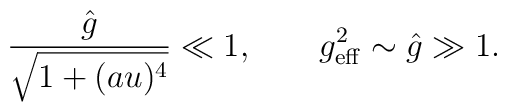
\frac{\hat g}{\sqrt{1 + (a u)^4}} \ll 1,\qquad g^2_{\rm eff} \sim \hat g \gg 1.